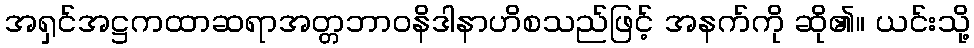
အရှင်အဋ္ဌကထာဆရာအတ္တဘာဝနိဒါနာဟိစသည်ဖြင့် အနက်ကို ဆို၏။ ယင်းသို့